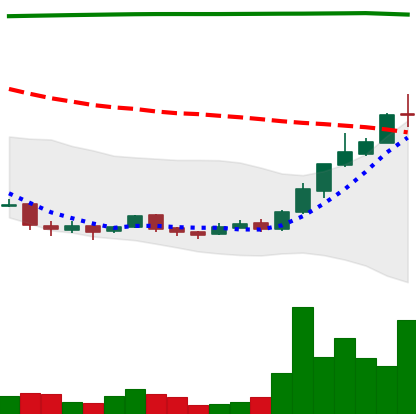
Ticker: DOGE-USD
Chart end date: 2018-04-16
Forward return: 18.059%
Label: up_7plus